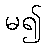
မ၍